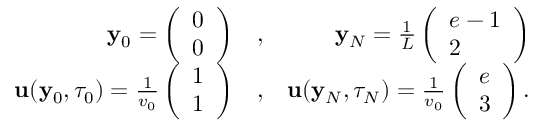
\begin{array} { r l r } { { \mathbf y } _ { 0 } = \left( \begin{array} { l } { 0 } \\ { 0 } \end{array} \right) } & { , } & { { \mathbf y } _ { N } = \frac { 1 } { L } \left( \begin{array} { l } { e - 1 } \\ { 2 } \end{array} \right) } \\ { { \mathbf u } ( { \mathbf y } _ { 0 } , \tau _ { 0 } ) = \frac { 1 } { v _ { 0 } } \left( \begin{array} { l } { 1 } \\ { 1 } \end{array} \right) } & { , } & { { \mathbf u } ( { \mathbf y } _ { N } , \tau _ { N } ) = \frac { 1 } { v _ { 0 } } \left( \begin{array} { l } { e } \\ { 3 } \end{array} \right) . } \end{array}